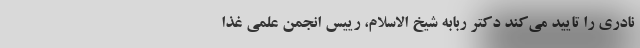
نادری را تایید می‌کند دکتر ربابه شیخ الاسلام، رییس انجمن علمی غذا